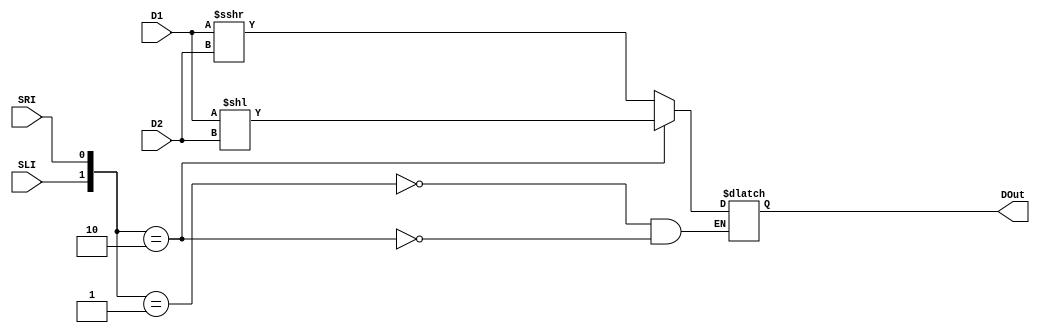
`timescale 1ns / 1ps

module Shifter(
    output reg [31:0] DOut,
    input signed [31:0] D1,
    input [31:0] D2,
    input SLI,
    input SRI
    );
    wire [1:0] shift = {SLI, SRI};
    always@(*)
    begin
        case(shift)
        2'b01: DOut <= D1 >>> D2;
        2'b10: DOut <= D1 << D2;
        endcase
    end
endmodule